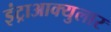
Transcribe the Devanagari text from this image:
इंट्राआक्युलार